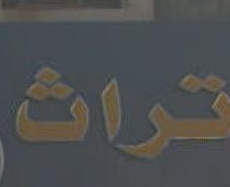
تراث